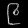
Digit: ၉